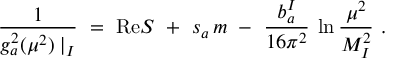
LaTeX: \frac { 1 } { g _ { a } ^ { 2 } ( \mu ^ { 2 } ) \mid _ { I } } \ = \ \mathrm { R e } S \ + \ s _ { a } \, m \ - \ \frac { b _ { a } ^ { I } } { 1 6 \pi ^ { 2 } } \: \ln \frac { \mu ^ { 2 } } { M _ { I } ^ { 2 } } \ .